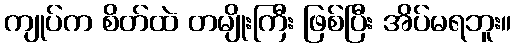
ကျုပ်က စိတ်ထဲ တမျိုးကြီး ဖြစ်ပြီး အိပ်မရဘူး။